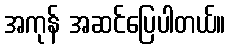
အကုန် အဆင်ပြေပါတယ်။